Annual administration report of the Civil Veterinary Department of India - 1897-1898
Year: 1897
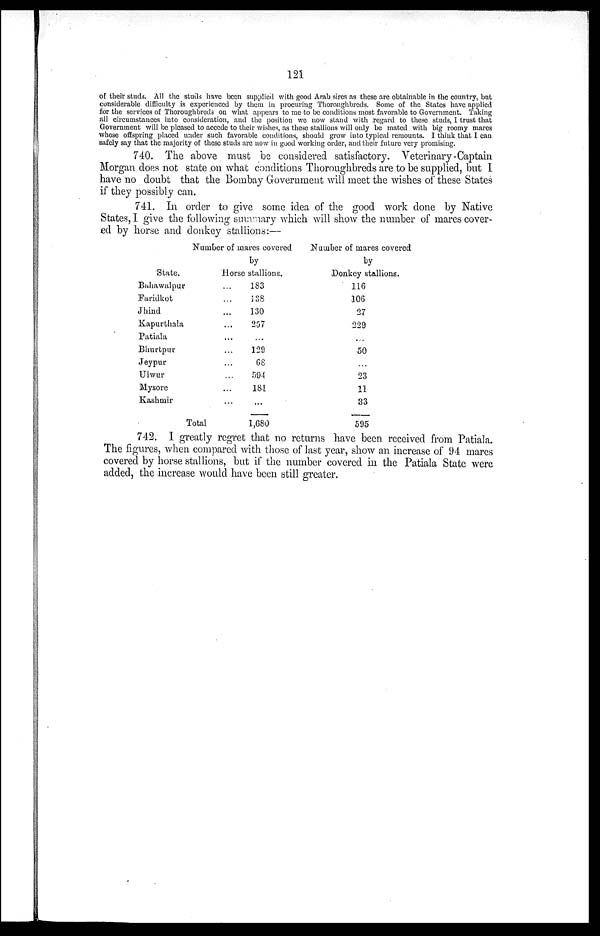
121
of their studs. All the studs have been supplied with good Arab sires as these are obtainable in the country, but
considerable difficulty is experienced by them in procuring Thoroughbreds. Some of the States have applied
for the services of Thoroughbreds on what appears to me to be conditions most favorable to Government. Taking
all circumstances into consideration, and the position we now stand with regard to these studs, I trust that
Government will be pleased to accede to their wishes, as these stallions will only be mated with big roomy marcs
whose offspring placed under such favorable conditions, should grow into typical remounts. I think that I can
safely say that the majority of these studs are now in good working order, and their future very promising.
740. The above must be considered satisfactory. Veterinary-Captain
Morgan does not state on what conditions Thoroughbreds are to be supplied, but I
have no doubt that the Bombay Government will meet the wishes of these States
if they possibly can.
741. In order to give some idea of the good work done by Native
States, I give the following summary which will show the number of mares cover-
ed by horse and donkey stallions:—
State.
Bahawalpur
Faridkot
Jhind
Kapurthala
Patiala
Bhurtpur
Jeypur
Ulwur
Mysore
Kashmir
Number of mares covered
by
Horse stallions.
...
...
...
...
...
...
...
...
...
...
Total
183
138
130
257
...
129
68
594
181
...
1,680
Number of mares covered
by
Donkey stallions.
116
106
27
229
...
50
...
23
11
33
595
742. I greatly regret that no returns have been received from Patiala.
The figures, when compared with those of last year, show an increase of 94 mares
covered by horse stallions, but if the number covered in the Patiala State were
added, the increase would have been still greater.